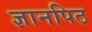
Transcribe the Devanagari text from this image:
ज्ञानपिठ